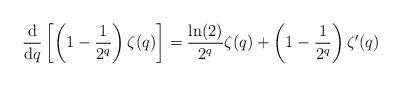
LaTeX: \begin{align*}\frac{\mathrm{d} }{\mathrm{d} q}\left[\left(1-\frac{1}{2^q}\right)\zeta(q)\right]=\frac{\ln(2)}{2^q}\zeta(q)+\left(1-\frac{1}{2^q}\right)\zeta'(q)\end{align*}